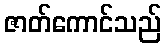
ဇာတ်ကောင်သည်